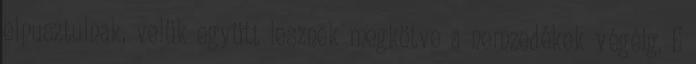
elpusztulnak, velük együtt lesznek megkötve a nemzedékek végéig. E